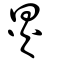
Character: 炅